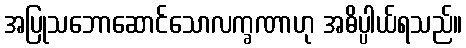
အပြုသဘောဆောင်သောလက္ခဏာဟု အဓိပ္ပါယ်ရသည်။